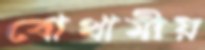
বোথামীয়